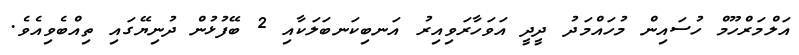
އަލްމަރްހޫމް ހުސައިން މުހައްމަދު ދީދީ އަވަހާރަވިއިރު އަނބިކަނބަލަކާއި 2 ބޭފުޅުން ދުނިޔޭގައި ތިއްބެވިއެވެ.